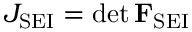
J _ { \mathrm { S E I } } = \operatorname* { d e t } \mathbf { F } _ { \mathrm { S E I } }